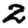
Digit: 2